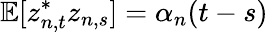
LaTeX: \mathbb{E}[z_{n,t}^{*}z_{n,s}]=\alpha_{n}(t-s)